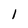
Character: I